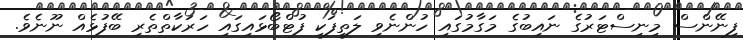
ފިނޭންސް މިނިސްޓަރުގެ ނައިބުގެ މަގާމުގައި ހުންނެވި ލަތީފަކީ ފުޓްބޯޅައިގައި ހަރަކާތްތެރި ބޭފުޅެއް ނޫނެވެ.